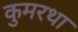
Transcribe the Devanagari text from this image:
कुमरथा